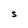
Character: S